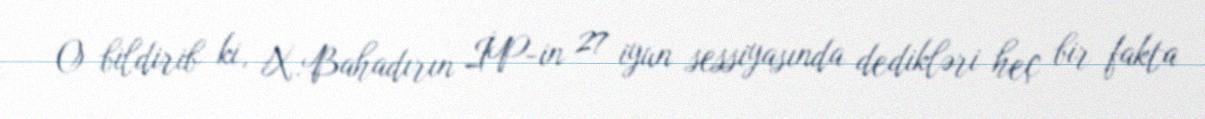
O bildirib ki, X.Bahadırın İP-in 27 iyun sessiyasında dedikləri heç bir fakta